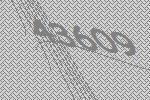
43609